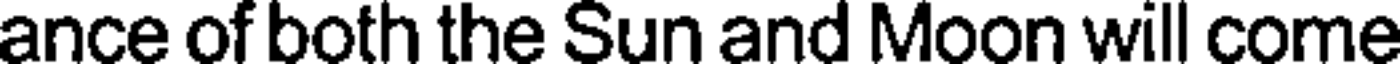
ance of both the Sun and Moon will come